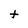
Character: t